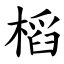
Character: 槄